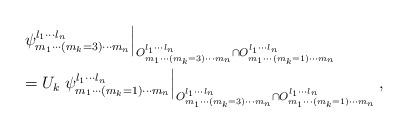
LaTeX: \begin{align*}&\left.\psi ^{l_1 \cdots l_n}_{m_1 \cdots (m_k=3) \cdots m_n} \right|_{O^{l_1 \cdots l_n}_{m_1 \cdots (m_k =3) \cdots m_n}\cap O^{l_1 \cdots l_n}_{m_1 \cdots (m_k=1) \cdots m_n}}\\&=U_k \left.\psi ^{l_1 \cdots l_n}_{m_1 \cdots (m_k=1) \cdots m_n} \right|_{O^{l_1 \cdots l_n}_{m_1 \cdots (m_k =3) \cdots m_n}\cap O^{l_1 \cdots l_n}_{m_1 \cdots (m_k=1) \cdots m_n}},\end{align*}